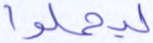
ليحملوا